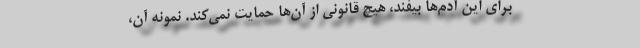
برای این آدم‌ها بیفند، هیچ قانونی از آن‌ها حمایت نمی‌کند. نمونه آن،